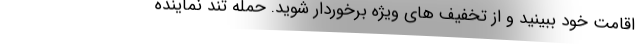
اقامت خود ببینید و از تخفیف های ویژه برخوردار شوید. حمله تند نماینده